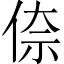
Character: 倷